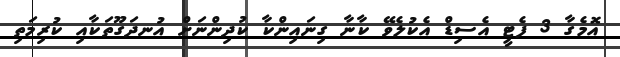
އޮމެގާ 3 ފެޓީ އެސިޑް އެކުލެވޭ ކާނާ ގިނައިންކާ ކުދިންނަށް އުނދަގޫތަކާއި ކުރިމަތި